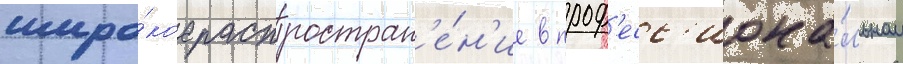
широ́кое распростран'е́н'ие в проф'есс'иона́льном